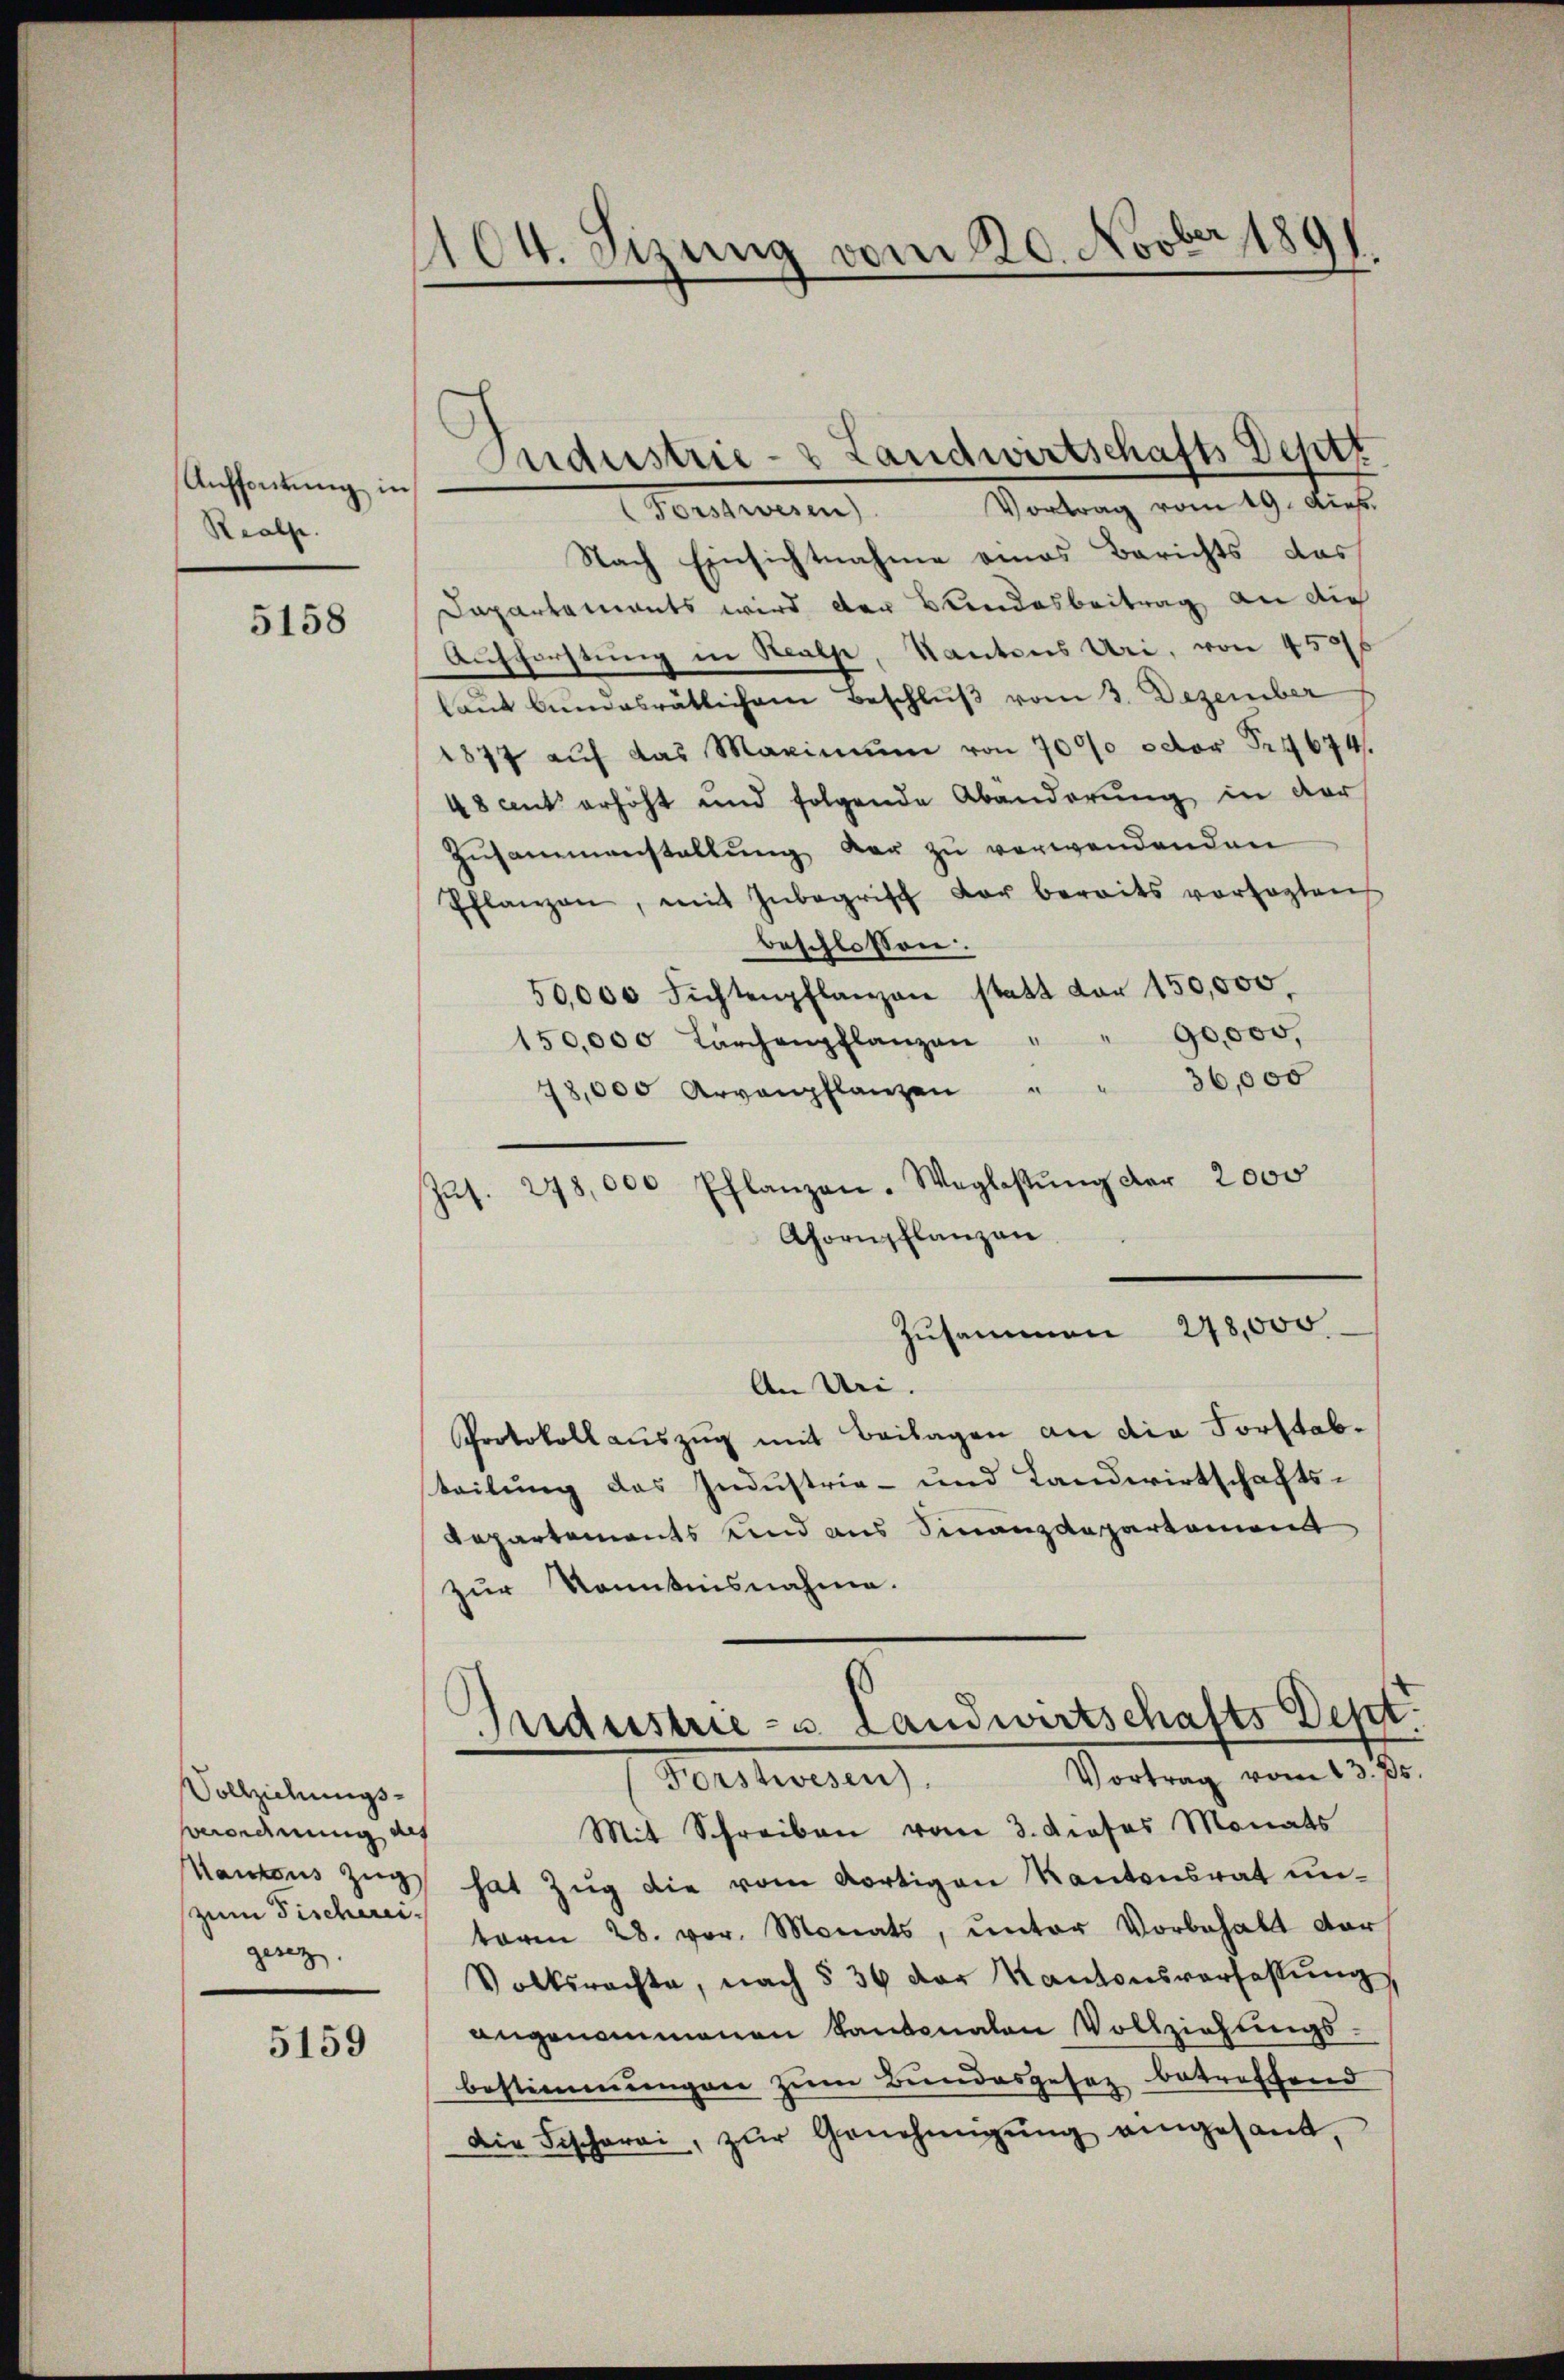
Auffortung in
Realse

5158

Vollziehungs¬
Verordnung auf
antons Zug
zum Fischerei
gesez

5159

104. Sizung vom 20. Novber 1891

Forstwesen Vortrag vom 19. Diet.
Nach Einsichtnahme eines Berichts das
Dapartements wird der Bundesbeitrag an die
Aufforstung in Rathe, Kantons Uri, von 450
laŭt bundesrätlichem Beschlŭβ vom 3. Dezember
1877 aŭf das Maximŭm von 7000 octor Pr4674.
48 aut erhöht und folgende Abänderŭng in der
Zusammenstellŭng der zu verwendenden
Pflanzen, mit Inbegriff der bereits vorsagten
beschlossen:
50,000 Fichtenpflanzen statt der 150,000.
90,000,
150,000 Lärchenpflanzen "
78,000 Arvanpflanzen " " 36,000
Zŭs. 298,000 Pflanzen. Weglastŭng der 2000
Ahornpflanzen
Zusammen 248,000
An Uri.
Protokollauszug mit Beilagen an die Forstabteilung das Industrie- und Landwirtschafts¬
Repartements und aus Finanzdepartement
zur Kenntnisnahme.
s
Industrie- u Landwirtschafts Dept
Vortrag vom 13. ds.
Forstwesen).
Mit Schreiben vom 3. Prosas Monats
hat Zug die vom dortigen Kantonsrat unterm 28. vor. Monats, unter Vorbehalt dar
Volksrechte, nach § 36 der Kantonsverfassŭng,
angenommenen Kantonalen Vollziehungs
bestimmungen zum Bundesgesez betreffend
Die Fischerei, zur Genehmigung eingesand,

Industrie- & Landwirtschafts Deptf